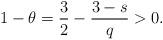
LaTeX: \begin{align*}1-\theta={3\over 2}-{3-s\over q}>0.\end{align*}